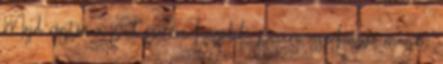
Majd rögtön a pad szélére húzódik, picire összehúzva magát.